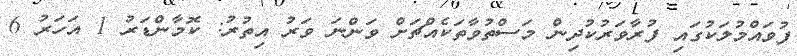
ފުވައްމުލަކުގައި ފުރާވަރުކުދިން މަސްތުވާތަކެއްޗަށް ވަންނަ ވަރު އިތުރު: ކޮމާންޑަރު 1 އަހަރު 6